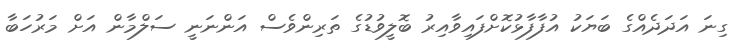
ގިނަ އަދަދެއްގެ ބަޔަކު އުފާފާޅުކޮށްފައިވާއިރު ބޮލީވުޑުގެ ތަރިންވެސް އަންނަނީ ސަލްމާން އަށް މަރުހަބާ